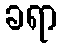
ခရာ